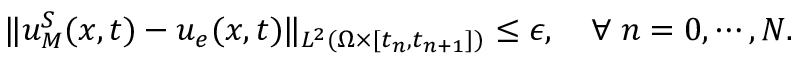
\| u _ { M } ^ { S } ( \boldsymbol { x } , t ) - u _ { e } ( \boldsymbol { x } , t ) \| _ { L ^ { 2 } ( \Omega \times [ t _ { n } , t _ { n + 1 } ] ) } \leq \epsilon , \quad \forall \; n = 0 , \cdots , N .